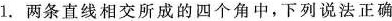
1.两条直线相交所成的四个角中，下列说法正确